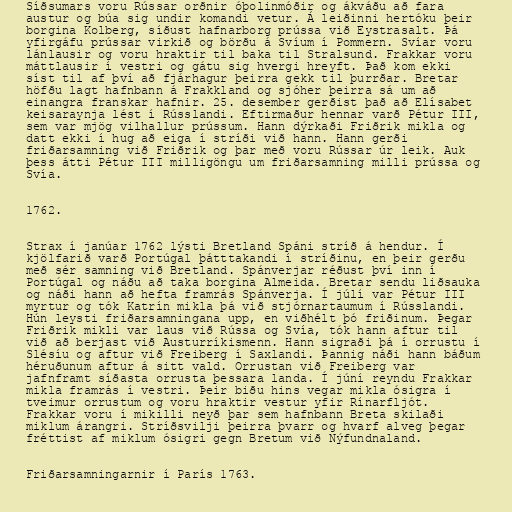
Síðsumars voru Rússar orðnir óþolinmóðir og ákváðu að fara
austur og búa sig undir komandi vetur. Á leiðinni hertóku þeir
borgina Kolberg, síðust hafnarborg prússa við Eystrasalt. Þá
yfirgáfu prússar virkið og börðu á Svíum í Pommern. Svíar voru
lánlausir og voru hraktir til baka til Stralsund. Frakkar voru
máttlausir í vestri og gátu sig hvergi hreyft. Það kom ekki
síst til af því að fjárhagur þeirra gekk til þurrðar. Bretar
höfðu lagt hafnbann á Frakkland og sjóher þeirra sá um að
einangra franskar hafnir. 25. desember gerðist það að Elísabet
keisaraynja lést í Rússlandi. Eftirmaður hennar varð Pétur III,
sem var mjög vilhallur prússum. Hann dýrkaði Friðrik mikla og
datt ekki í hug að eiga í stríði við hann. Hann gerði
friðarsamning við Friðrik og þar með voru Rússar úr leik. Auk
þess átti Pétur III milligöngu um friðarsamning milli prússa og
Svía.

1762.

Strax í janúar 1762 lýsti Bretland Spáni stríð á hendur. Í
kjölfarið varð Portúgal þátttakandi í stríðinu, en þeir gerðu
með sér samning við Bretland. Spánverjar réðust því inn í
Portúgal og náðu að taka borgina Almeida. Bretar sendu liðsauka
og náði hann að hefta framrás Spánverja. Í júlí var Pétur III
myrtur og tók Katrín mikla þá við stjórnartaumum í Rússlandi.
Hún leysti friðarsamningana upp, en viðhélt þó friðinum. Þegar
Friðrik mikli var laus við Rússa og Svía, tók hann aftur til
við að berjast við Austurríkismenn. Hann sigraði þá í orrustu í
Slésíu og aftur við Freiberg í Saxlandi. Þannig náði hann báðum
héruðunum aftur á sitt vald. Orrustan við Freiberg var
jafnframt síðasta orrusta þessara landa. Í júní reyndu Frakkar
mikla framrás í vestri. Þeir biðu hins vegar mikla ósigra í
tveimur orrustum og voru hraktir vestur yfir Rínarfljót.
Frakkar voru í mikilli neyð þar sem hafnbann Breta skilaði
miklum árangri. Stríðsvilji þeirra þvarr og hvarf alveg þegar
fréttist af miklum ósigri gegn Bretum við Nýfundnaland.

Friðarsamningarnir í París 1763.